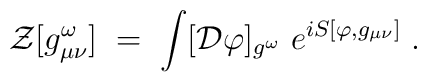
{\mathcal     Z}[g_{\mu\nu}^\omega]\;=\;    \int     [{\mathcal    D}  \varphi]_{g^\omega} \; e^{i S[\varphi , g_{\mu\nu}]}\;.